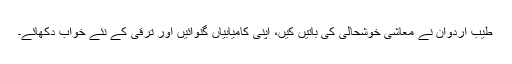
طیب اردوان نے معاشی خوشحالی کی باتیں کیں، اپنی کامیابیاں گنوائیں اور ترقی کے نئے خواب دکھائے۔